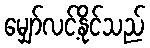
မျှော်လင့်နိုင်သည်